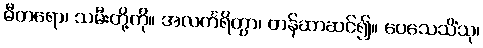
ဓီတရော၊ သမီးတို့ကို။ အလင်္ကရိတွာ၊ တန်ဆာဆင်၍။ ပေသေသိံသု၊